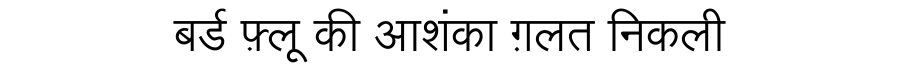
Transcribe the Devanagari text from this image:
बर्ड फ़्लू की आशंका ग़लत निकली